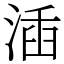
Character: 㴙